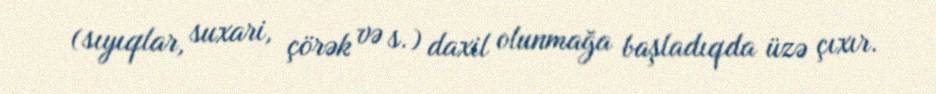
(sıyıqlar, suxari, çörək və s.) daxil olunmağa başladıqda üzə çıxır.